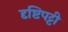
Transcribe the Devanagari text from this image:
दृष्टिपट्टी